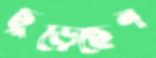
ছুঁড়েছেন